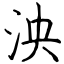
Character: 泱